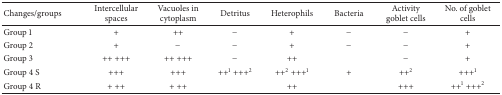
<table><thead><tr><td><b>Changes/groups</b></td><td><b>Intercellular spaces</b></td><td><b>Vacuoles incytoplasm</b></td><td><b>Detritus</b></td><td><b>Heterophils</b></td><td><b>Bacteria</b></td><td><b>Activity goblet cells</b></td><td><b>No. of goblet cells</b></td></tr></thead><tbody><tr><td>Group 1</td><td> +</td><td> ++</td><td> −</td><td> +</td><td>−</td><td>−</td><td> +</td></tr><tr><td>Group 2</td><td> +</td><td>−</td><td> −</td><td> +</td><td>−</td><td> −</td><td> +</td></tr><tr><td>Group 3</td><td>++ +++ </td><td> ++ +++</td><td> −</td><td> ++</td><td> </td><td>−</td><td> +</td></tr><tr><td>Group 4 S</td><td> +++</td><td> +++</td><td>++<sup>1</sup> +++<sup>2</sup></td><td> ++<sup>2</sup> +++<sup>1</sup></td><td> +</td><td> ++<sup>2</sup></td><td> +++<sup>1</sup></td></tr><tr><td>Group 4 R </td><td> + ++</td><td> + ++</td><td> </td><td> ++</td><td> </td><td> +++ </td><td> ++<sup>1</sup> +++<sup>2</sup></td></tr></tbody></table>